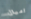
اميال